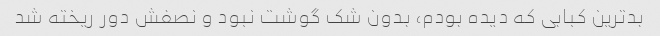
بدترین کبابی که دیده بودم، بدون شک گوشت نبود و نصفش دور ریخته شد